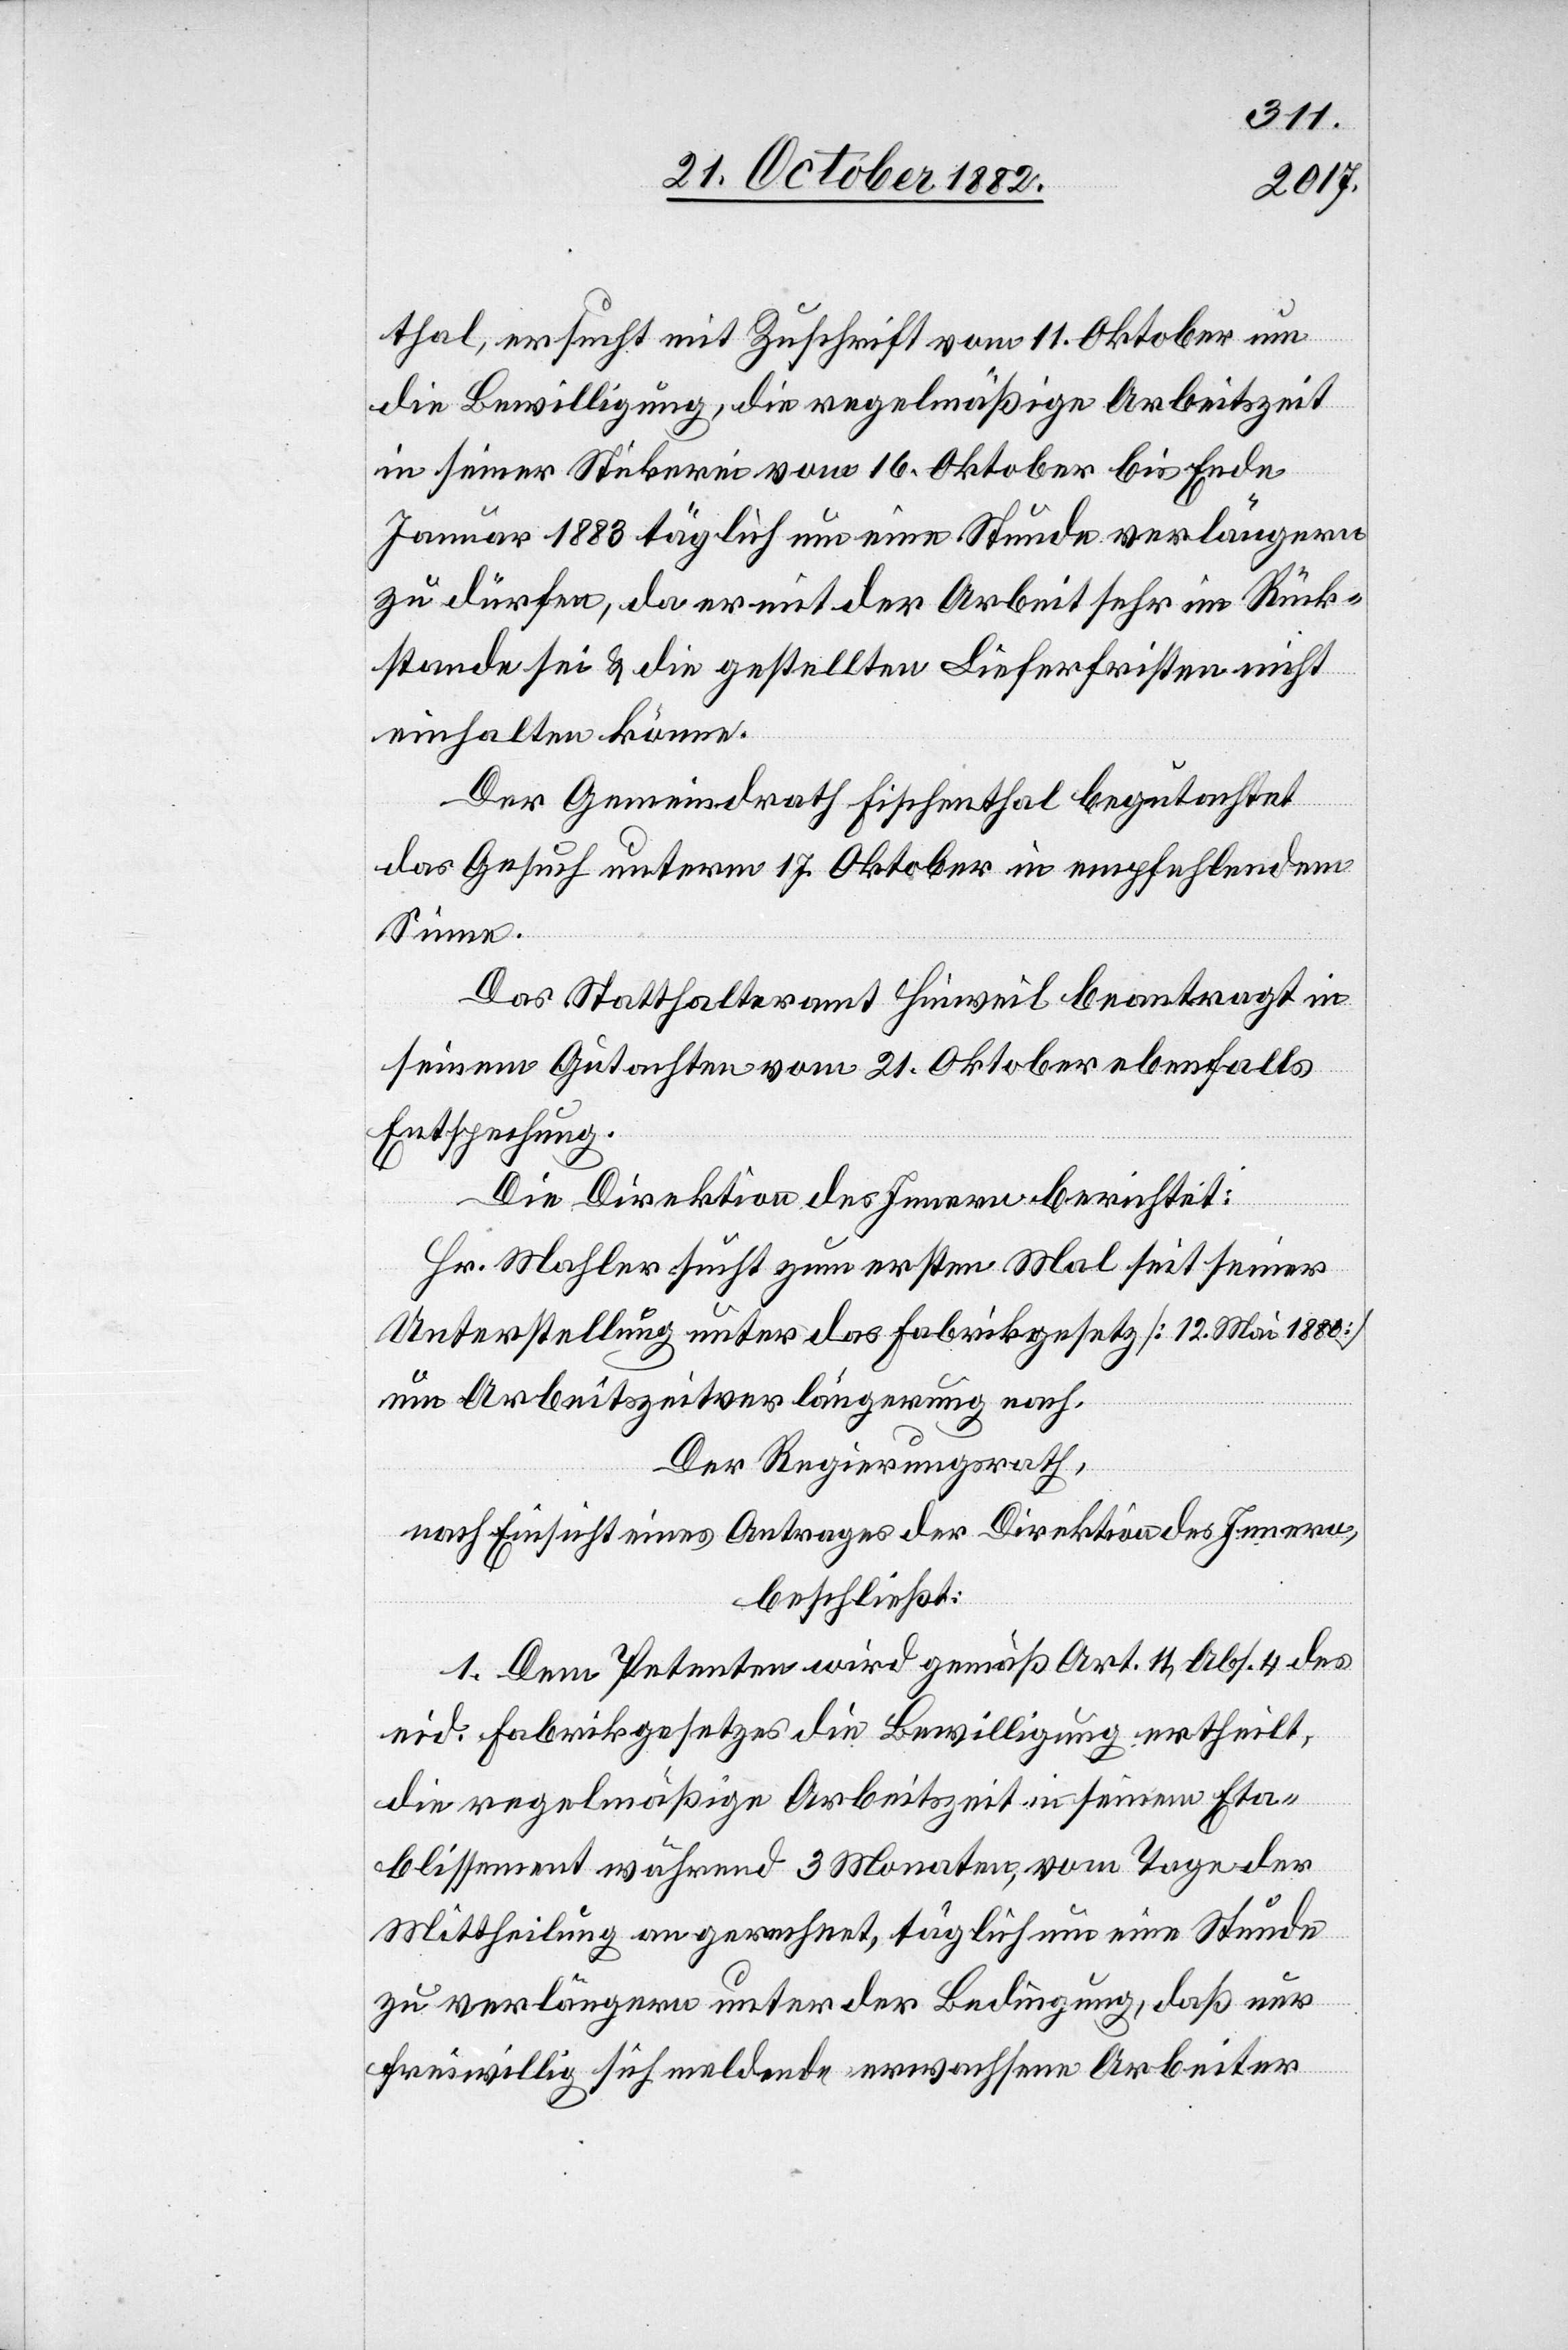
thal, ersucht mit Zuschrift vom 11. Oktober um
die Bewilligung, die regelmäßige Arbeitszeit
in seiner Stickerei vom 16. Oktober bis Ende
Januar 1883 täglich um eine Stunde verlängern
zu dürfen, da er mit der Arbeit sehr im Rück¬
stande sei & die gestellten Lieferfristen nicht
einhalten könne.
Der Gemeindrath Fischenthal begutachtet
das Gesuch unterm 17. Oktober in empfehlendem
Sinne.
Das Statthalteramt Hinweil beantragt in
seinem Gutachten vom 21. Oktober ebenfalls
Entsprechung.
Die Direktion des Innern berichtet:
Hr. Mahler sucht zum ersten Mal seit seiner
Unterstellung unter das Fabrikgesetz [12. Mai 1880]
um Arbeitszeitverlängerung nach.
Der Regierungsrath,
nach Einsicht eines Antrages der Direktion des Innern,
beschließt:
1. Dem Petenten wird gemäß Art. 11, Abs. 4 des
eid. Fabrikgesetzes die Bewilligung ertheilt,
die regelmäßige Arbeitszeit in seinem Eta¬
blissement während 3 Monaten, vom Tage der
Mittheilung an gerechnet, täglich um eine Stunde
zu verlängern unter der Bedingung, daß nur
freiwillig sich meldende erwachsene Arbeiter